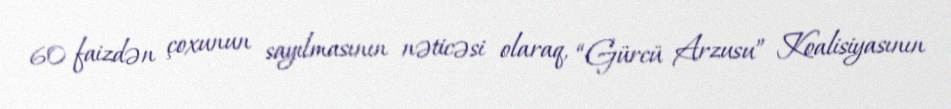
60 faizdən çoxunun sayılmasının nəticəsi olaraq, “Gürcü Arzusu” Koalisiyasının